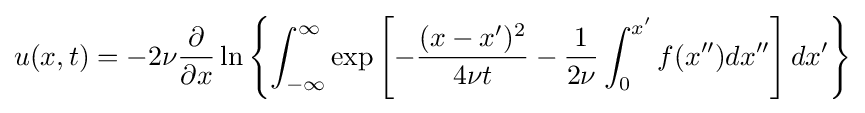
u(x,t)=-2\nu {\frac {\partial }{\partial x}}\ln \left\{\int _{-\infty }^{\infty }\exp \left[-{\frac {(x-x')^{2}}{4\nu t}}-{\frac {1}{2\nu }}\int _{0}^{x'}f(x'')dx''\right]dx'\right\}